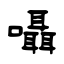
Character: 囁